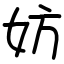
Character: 妨